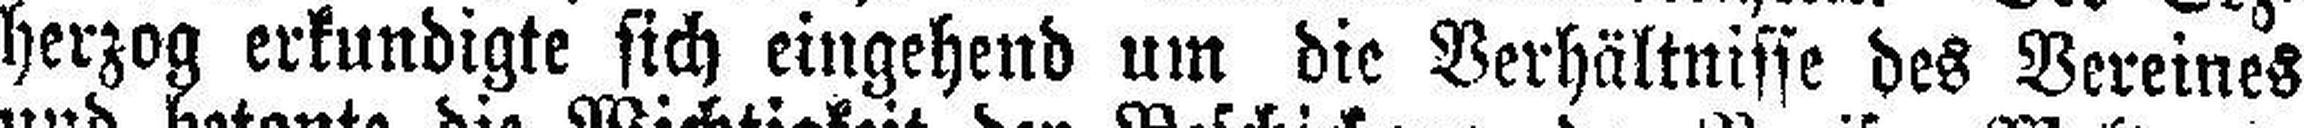
herzog erkundigte sich eingehend um die Verhältnisse des Vereines